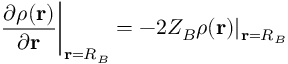
\frac { \partial \rho ( \mathbf { r } ) } { \partial \mathbf { r } } \bigg | _ { \mathbf { r } = R _ { B } } = - 2 Z _ { B } \rho ( \mathbf { r } ) | _ { \mathbf { r } = R _ { B } }